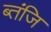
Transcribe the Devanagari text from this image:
ब्तंजि